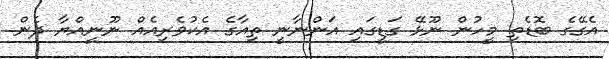
އެގޭގެ ބޮޑެތި މީހުން ނޫޅޭ ގަޑީގައި އަންނާނީ ތިއާގެ އެކުވެރިއެއް ނޫނީއްޔާ ދެން